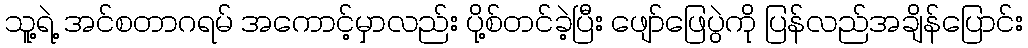
သူ့ရဲ့ အင်စတာဂရမ် အကောင့်မှာလည်း ပို့စ်တင်ခဲ့ပြီး ဖျော်ဖြေပွဲကို ပြန်လည်အချိန်ပြောင်း